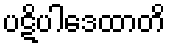
ပဋိပါဒေထာတိ